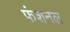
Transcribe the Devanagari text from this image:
फंशनल